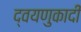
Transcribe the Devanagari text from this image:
द्वयणुकादी